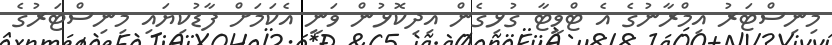
މިނިސްޓަރު އިމްރާނުގެ އެ ޓްވީޓާ ގުޅިގެން އިދިކޮޅުން ވަނީ އެކަމަށް ފާޑުކިޔައި މިނިސްޓަރުގެ